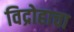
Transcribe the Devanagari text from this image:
विद्रोहाचा